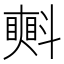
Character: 㪺